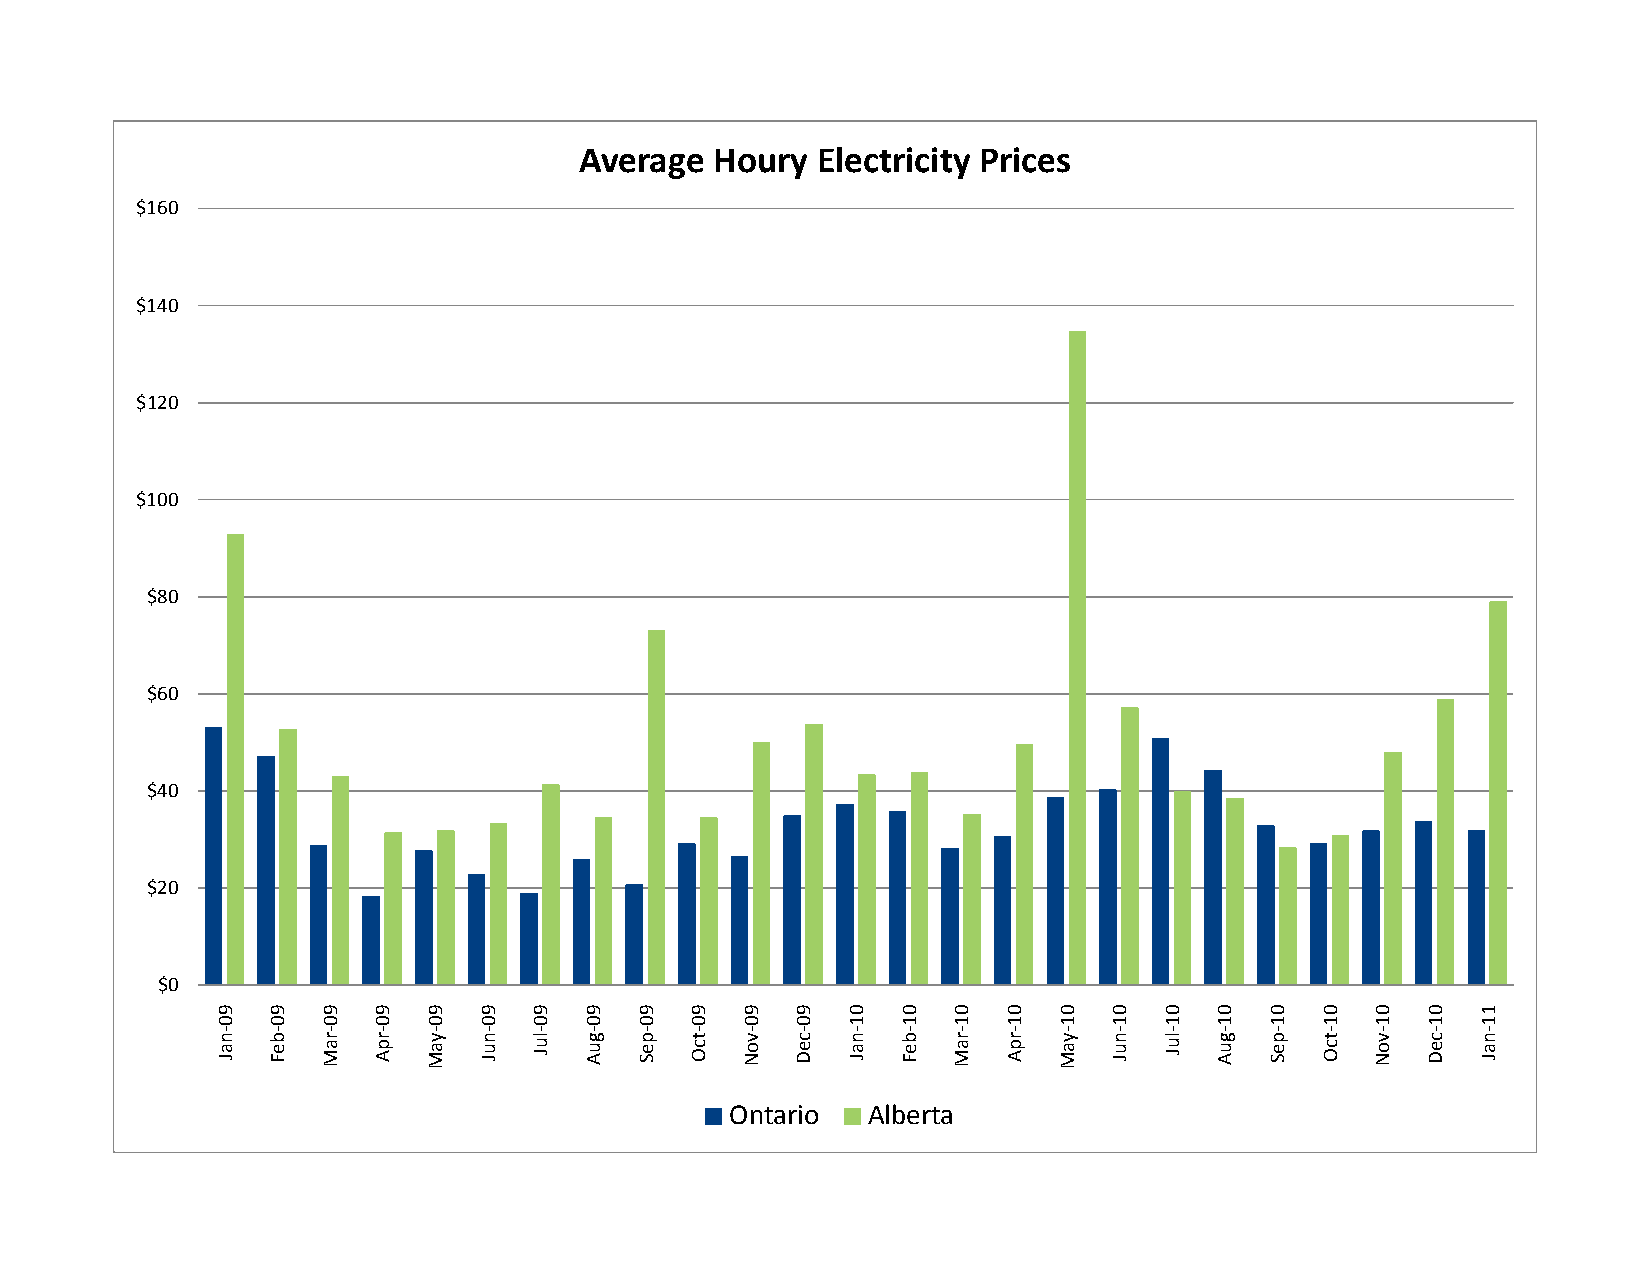
Average  Houry  Electricity Prices
 $160
 $140
 $$120
 $100
 $80
 $60
 $40
 $20
 $0
 Ontario  Alberta
 990‐naJ 990‐beF 990‐raM 990‐rpA 990‐yaM 990‐nuJ 990‐luJ 990‐guA 990‐peS 990‐tcO 990‐voN 990‐ceD 001‐naJ 001‐beF 001‐raM 001‐rpA 001‐yaM 001‐nuJ 001‐luJ 001‐guA 001‐peS 001‐tcO 001‐voN 001‐ceD 111‐naJ